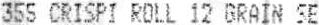
355 CRISPI ROLL 12 GRAIN SE